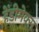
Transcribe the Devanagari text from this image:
हेंडीमेक्स